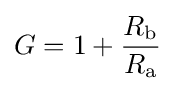
G=1+{\frac {R_{\text{b}}}{R_{\text{a}}}}